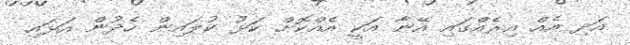
އަދި އެއް އިރެއްގައި އޭނާ އަކީ އެއްކޮށް ކަޅު ކުލައިން ހެދުން އަޅައި